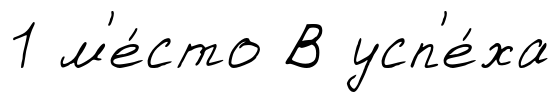
1 м'е́сто В усп'е́ха